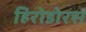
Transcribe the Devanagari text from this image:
हिरोडोरस